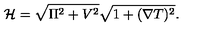
{ \cal H } = \sqrt { \Pi ^ { 2 } + V ^ { 2 } } \sqrt { 1 + ( \nabla T ) ^ { 2 } } .